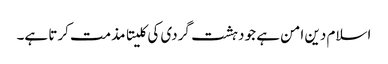
اسلام دین امن ہے جو دہشت گردی کی کلیتا مذمت کرتا ہے۔